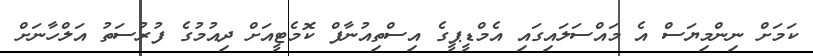
ކަމަށް ނިންމިޔަސް އެ މައްސަލައިގައި އެމްޑީޕީގެ އިސްތިއުނާފް ކޮމެޓީއަށް ދިއުމުގެ ފުރުސަތު އަލްހާނަށް